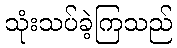
သုံးသပ်ခဲ့ကြသည်